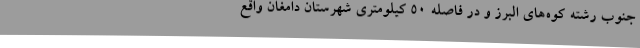
جنوب رشته کوه‌های البرز و در فاصله ۵۰ کیلومتری شهرستان دامغان واقع